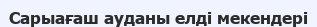
Сарыағаш ауданы елді мекендері